Lunatic asylums Central Provinces reports 1886-1894 - 1886-1894
Year: 1886
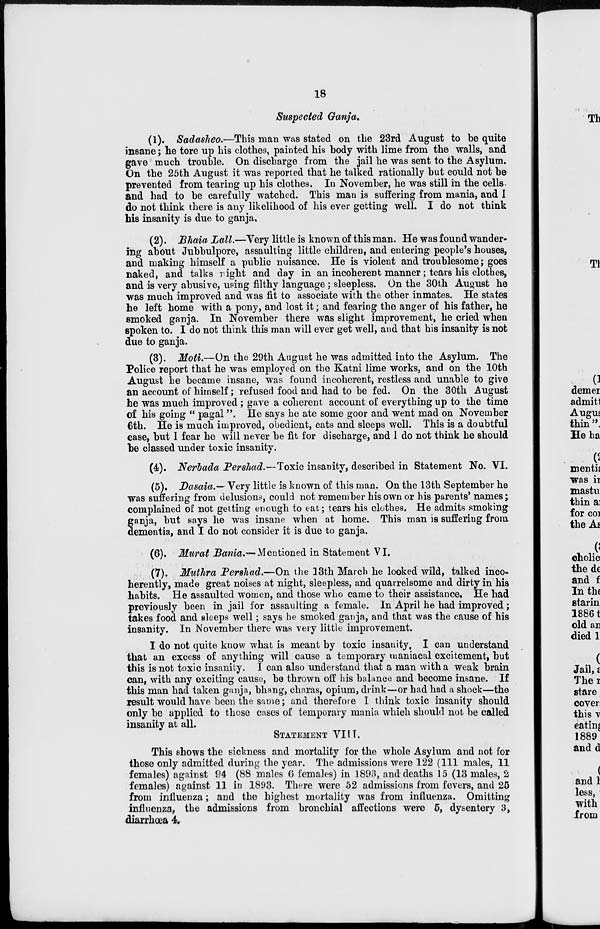
18
Suspected Ganja.
(1). Sadasheo.—This man was stated on the 23rd August to be quite
insane; he tore up his clothes, painted his body with lime from the walls, and
gave much trouble. On discharge from the jail he was sent to the Asylum.
On the 25th August it was reported that he talked rationally but could not be
prevented from tearing up his clothes. In November, he was still in the cells
and had to be carefully watched. This man is suffering from mania, and I
do not think there is any likelihood of his ever getting well. I do not think
his insanity is due to ganja,
(2). Bhaia Lall.—Very little is known of this man. He was found wander-
ing about Jubbulpore, assaulting little children, and entering people's houses,
and making himself a public nuisance. He is violent and troublesome; goes
naked, and talks right and day in an incoherent manner; tears his clothes,
and is very abusive, using filthy language ; sleepless. On the 30th August he
was much improved and was fit to associate with the other inmates. He states
he left home with a pony, and lost it; and fearing the anger of his father, he
smoked ganja. In November there was slight improvement, he cried when
spoken to. I do not think this man will ever get well, and that his insanity is not
due to ganja.
(3). Moti.—On the 29th August he was admitted into the Asylum. The
Police report that he was employed on the Katni lime works, and on the 10th
August he became insane, was found incoherent, restless and unable to give
an account of himself; refused food and had to be fed. On the 30th August
he was much improved ; gave a coherent account of everything up to the time
of his going "pagal". He says he ate some goor and went mad on November
6th. He is much improved, obedient, eats and sleeps well. This is a doubtful
case, but I fear he will never be fit for discharge, and I do not think he should
be classed under toxic insanity.
(4). Nerbada Pershad.—Toxic insanity, described in Statement No. VI.
(5). Dasaia.—Very little is known of this man. On the 13th September he
was suffering from delusions, could not remember his own or his parents' names;
complained of not getting enough to eat; tears his clothes. He admits smoking
ganja, but says he was insane when at home. This man is suffering from
dementia, and I do not consider it is due to ganja.
(6). Murat Bania.— Mentioned in Statement VI.
(7). Muthra Pershad.—On the 13th March he looked wild, talked inco-
herently, made great noises at night, sleepless, and quarrelsome and dirty in his
habits. He assaulted women, and those who came to their assistance. He had
previously been in jail for assaulting a female. In April he had improved ;
takes food and sleeps well; says he smoked ganja, and that was the cause of his
insanity. In November there was very little improvement.
I do not quite know what is meant by toxic insanity. I can understand
that an excess of anything will cause a temporary maniacal excitement, but
this is not toxic insanity. I can also understand that a man with a weak brain
can, with any exciting cause, be thrown off his balance and become insane. If
this man had taken ganja, bhang, charas, opium, drink—or bad had a shock—the
result would have been the same; and therefore I think toxic insanity should
only be applied to those cases of temporary mania which should not be called
insanity at all.
STATEMENT VIII.
This shows the sickness and mortality for the whole Asylum and not for
those only admitted during the year. The admissions were 122 (111 males, 11
females) against 94 (88 males 6 females) in 1893, and deaths 15 (13 males, 2
females) against 11 in 1893. There were 52 admissions from fevers, and 25
from influenza; and the highest mortality was from influenza. Omitting
influenza, the admissions from bronchial affections were 5, dysentery 3,
diarrhœa 4.